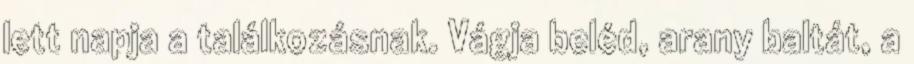
lett napja a találkozásnak. Vágja beléd, arany baltát, a